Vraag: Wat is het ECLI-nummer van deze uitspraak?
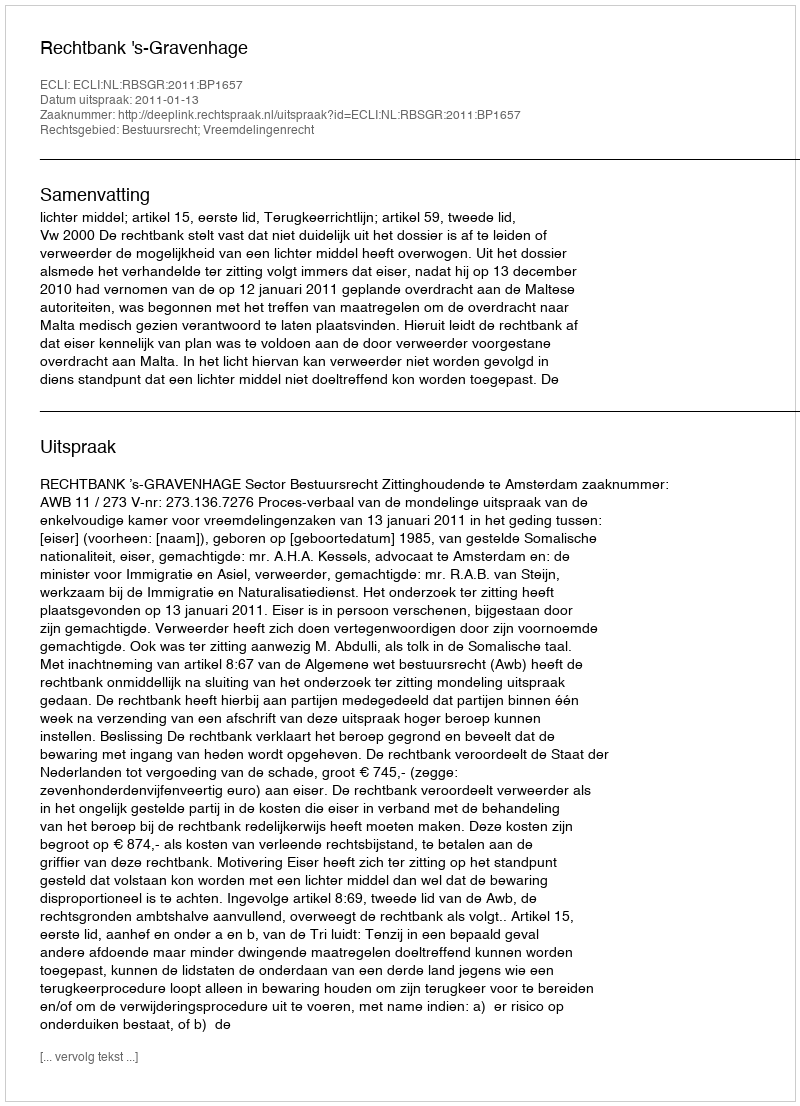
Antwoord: ECLI:NL:RBSGR:2011:BP1657